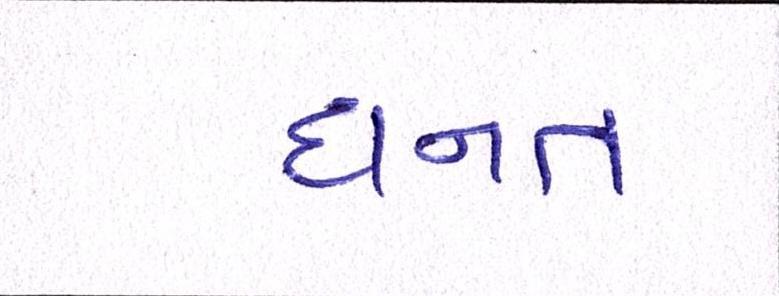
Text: દાનત